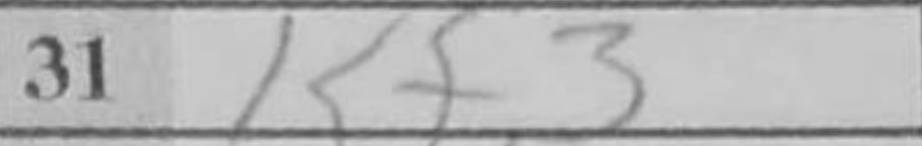
Transcription: Kf3